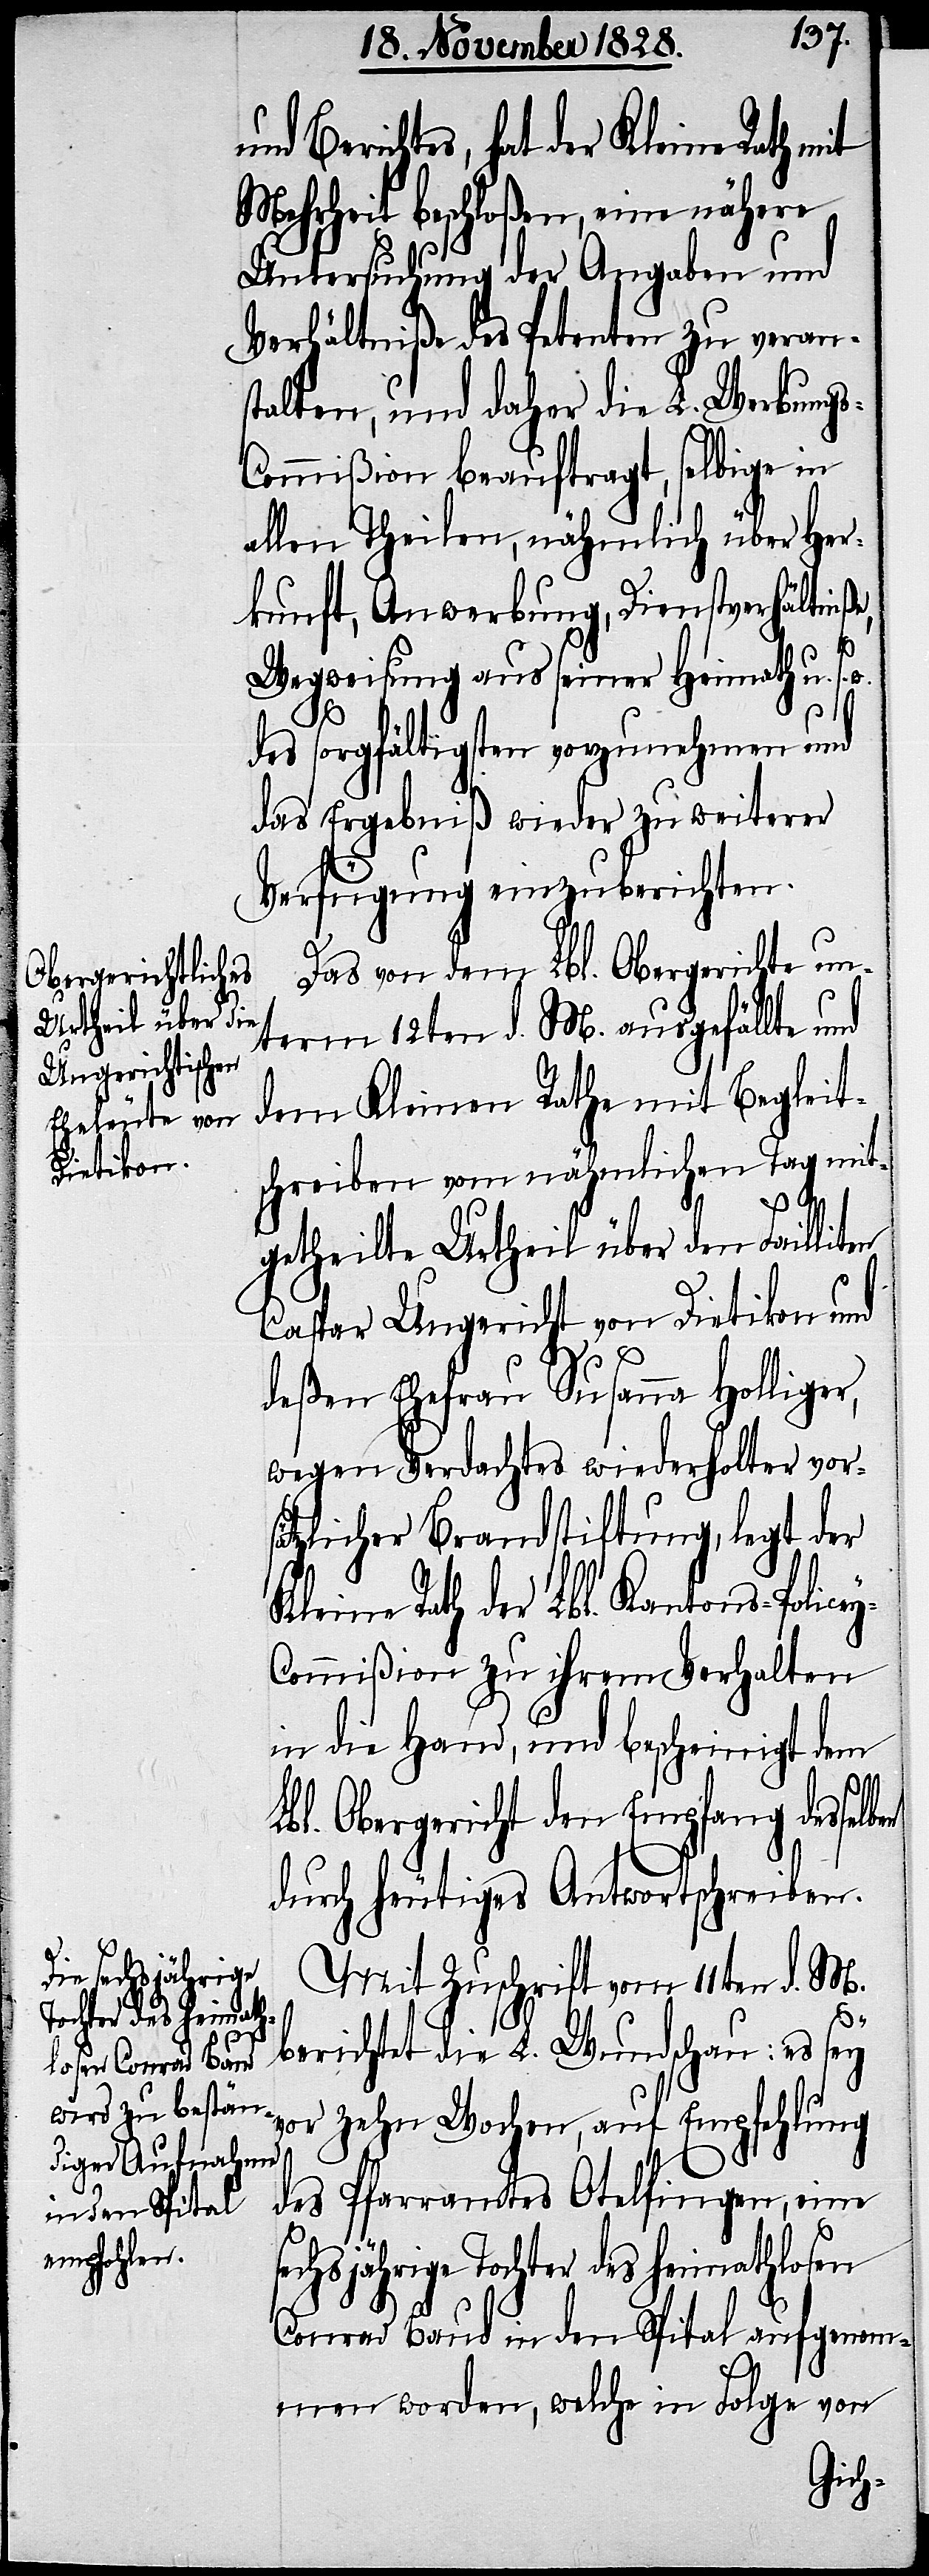
und Berichtes, hat der Kleine Rath mit
Mehrheit beschloßen, eine nähere
Untersuchung der Angaben und
Verhältniße des Petenten zu verans¬
talten, und daher die L. Werbung¬
s-Commißion beauftragt, selbige in
allen Theilen, nähmlich über Her¬
kunft, Anwerbung, Dienstverhältniße,
Wegweisung aus seiner Heimath u.
s.
w.
des sorgfältigsten vorzunehmen und
das Ergebniß wieder zu weiterer
Verfügung einzuberichten.
Das von dem Lbl. Obergerichte un¬
term 12ten d. M. ausgefällte und
dem Kleinen Rathe mit Begleit¬
schreiben vom nähmlichen Tag mit¬
y-C¬
getheilte Urtheil über den Failliten
Caspar Ungericht von Dietikon und
deßen Ehefrau Susanna Holliger,
wegen Verdachtes wiederholter vor¬
zlicher Brandstiftung, legt der
Kleine Rath der Lbl. Kantons-Police¬
ommißion zu ihrem Verhalten
in die Hand und bescheinigt dem
Lbl. Obergericht den Empfang desselben
durch heutiges Antwortschreiben.
Mit Zuschrift vom 11ten d. M.
berichtet die L. Wundschau: es sey
vor zehn Wochen, auf Empfehlung
des Pfarramtes Otelfingen, eine
sechsjährige Tochter des heimathlosen
Conrad Baud in den Spital aufgenom¬
men worden, welche in Folge von